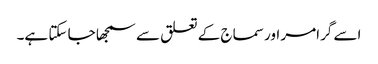
اسے گرامر اور سماج کے تعلق سے سمجھا جا سکتا ہے۔